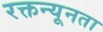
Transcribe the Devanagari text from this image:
रक्तन्यूनता